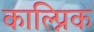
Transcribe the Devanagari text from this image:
काल्प्निक